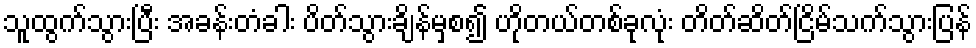
သူထွက်သွားပြီး အခန်းတံခါး ပိတ်သွားချိန်မှစ၍ ဟိုတယ်တစ်ခုလုံး တိတ်ဆိတ်ငြိမ်သက်သွားပြန်